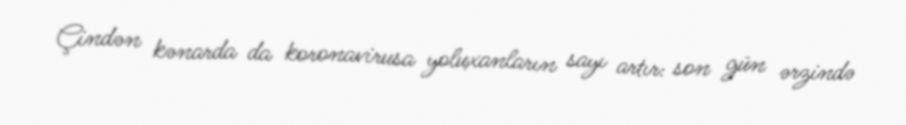
Çindən kənarda da koronavirusa yoluxanların sayı artır: son gün ərzində